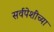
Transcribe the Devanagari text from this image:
सर्वपेशींच्या